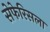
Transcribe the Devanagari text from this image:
सेफेरिसला